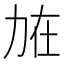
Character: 𠡘